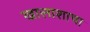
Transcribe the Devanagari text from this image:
खालाशाचा